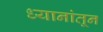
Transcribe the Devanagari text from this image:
ध्यानांतून